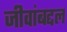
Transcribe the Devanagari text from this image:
जीवांबद्दल